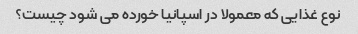
نوع غذایی که معمولا در اسپانیا خورده می شود چیست؟